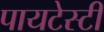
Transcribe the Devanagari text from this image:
पायटेस्टी